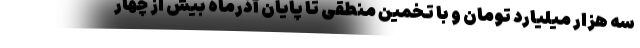
سه هزار میلیارد تومان و با تخمین منطقی تا پایان آذرماه بیش از چهار